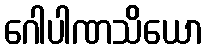
ဂေါပါဏသိယော